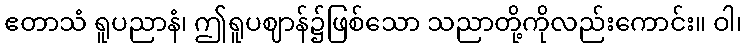
ဧတာသံ ရူပညာနံ၊ ဤရူပဈာန်၌ဖြစ်သော သညာတို့ကိုလည်းကောင်း။ ဝါ၊